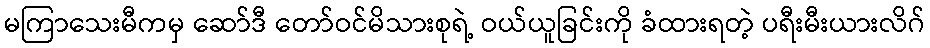
မကြာသေးမီကမှ ဆော်ဒီ တော်ဝင်မိသားစုရဲ့ ဝယ်ယူခြင်းကို ခံထားရတဲ့ ပရီးမီးယားလိဂ်